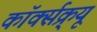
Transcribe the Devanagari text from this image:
कॉर्क्सक्र्यू